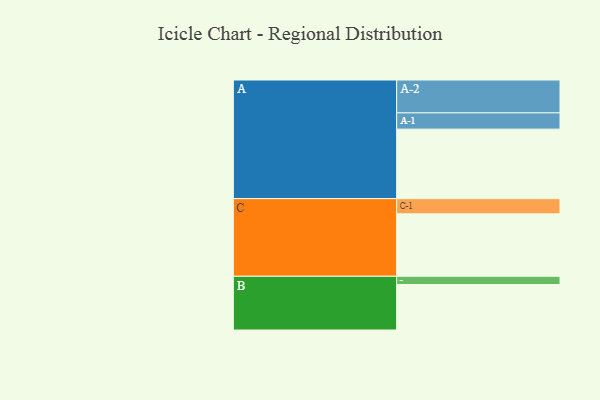
{"axis": {"x": "Segment", "y": "Value"}, "legend": ["", "A", "B", "C"], "data": [{"x": "A", "y": 590, "type": ""}, {"x": "B", "y": 386, "type": ""}, {"x": "C", "y": 530, "type": ""}, {"x": "A-1", "y": 138, "type": "A"}, {"x": "A-2", "y": 279, "type": "A"}, {"x": "B-1", "y": 70, "type": "B"}, {"x": "C-1", "y": 129, "type": "C"}]}